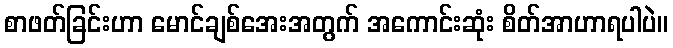
စာဖတ်ခြင်းဟာ မောင်ချစ်အေးအတွက် အကောင်းဆုံး စိတ်အာဟာရပါပဲ။